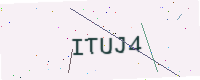
Text: ITUJ4